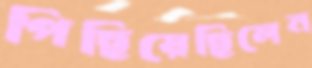
পিছিয়েছিলেন